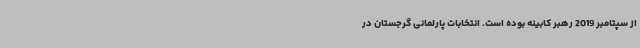
از سپتامبر 2019 رهبر کابینه بوده است. انتخابات پارلمانی گرجستان در